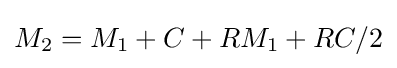
{M_{2}}={M_{1}}+C+{RM_{1}}+RC/2